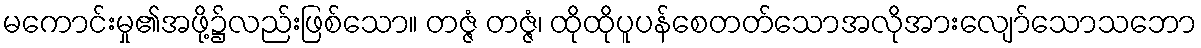
မကောင်းမှု၏အဖို့၌လည်းဖြစ်သော။ တဇ္ဇံ တဇ္ဇံ၊ ထိုထိုပူပန်စေတတ်သောအလိုအားလျော်သောသဘော